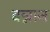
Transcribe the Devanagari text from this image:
बन्नान